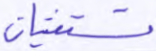
تستفتيان